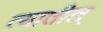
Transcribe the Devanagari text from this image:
त्यातील्